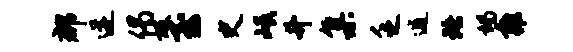
郡迸偈圾至史岷升集乏逋珞竭雍